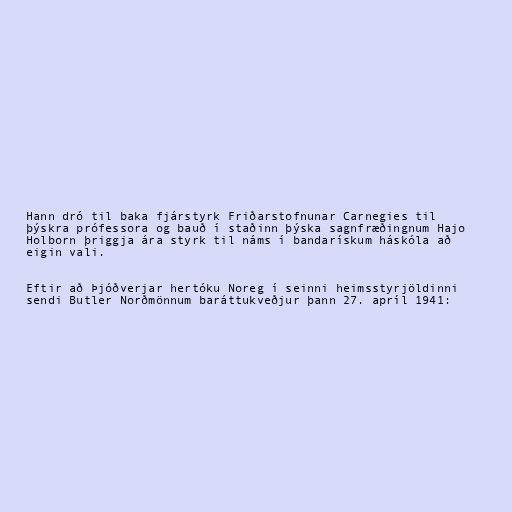
Hann dró til baka fjárstyrk Friðarstofnunar Carnegies til
þýskra prófessora og bauð í staðinn þýska sagnfræðingnum Hajo
Holborn þriggja ára styrk til náms í bandarískum háskóla að
eigin vali.

Eftir að Þjóðverjar hertóku Noreg í seinni heimsstyrjöldinni
sendi Butler Norðmönnum baráttukveðjur þann 27. apríl 1941: